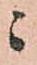
ニ